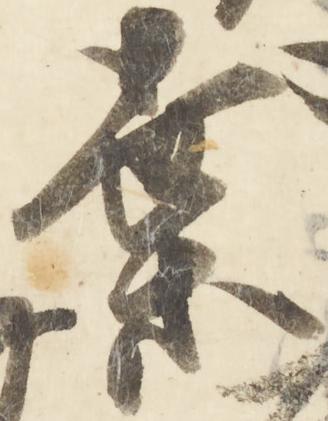
葉